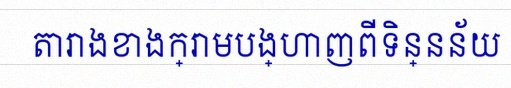
តារាងខាងក្រោមបង្ហាញពីទិន្នន័យ